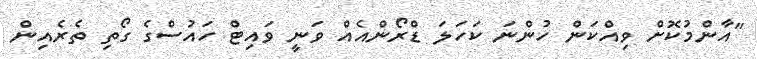
"އާންމުކޮށް ވިއްކަން ހުންނަ ކަހަލަ ޑްރޯންއެއް ވަނީ ވައިޓް ހައުސްގެ ގޯތި ތެރެއިން